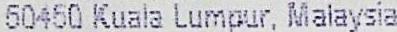
50450 KUALA LUMPUR, MALAYSIA